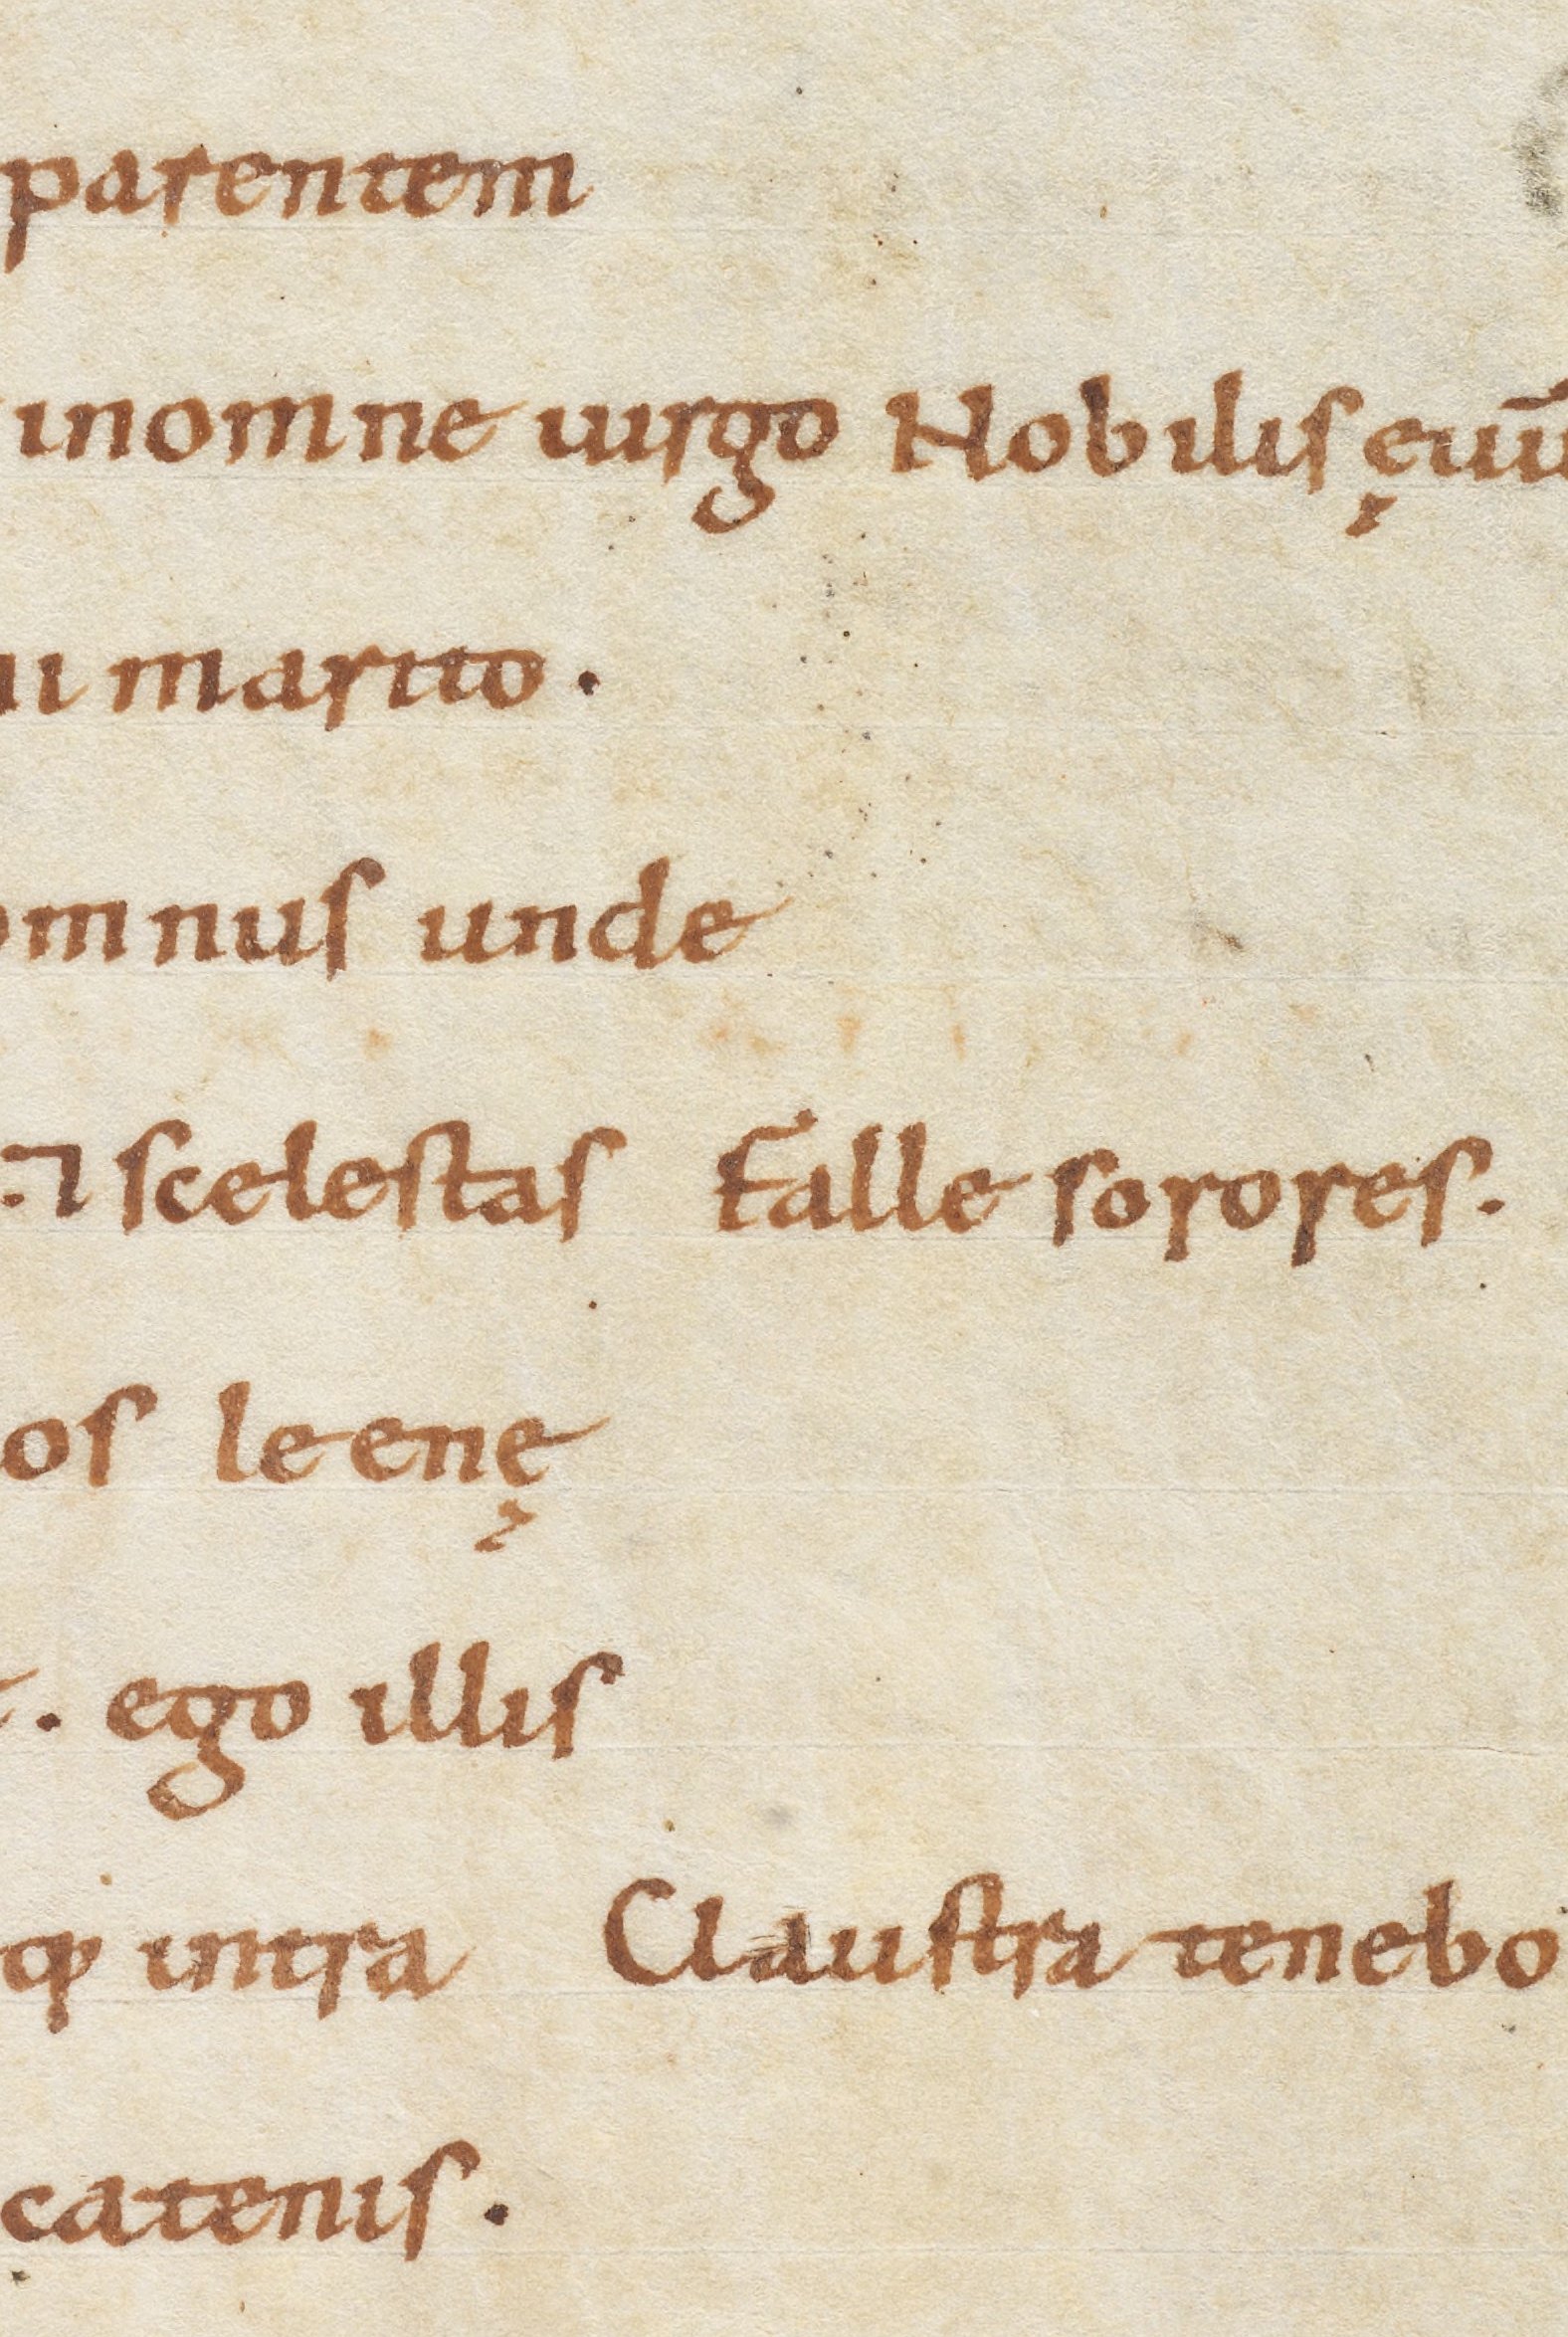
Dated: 900–999